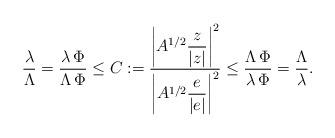
LaTeX: \begin{align*}\dfrac{\lambda}{\Lambda}=\dfrac{\lambda\,\Phi}{\Lambda\,\Phi}\leq C:=\dfrac{\left| A^{1/2}\dfrac{z}{|z|}\right|^2}{\left| A^{1/2}\dfrac{e}{|e|}\right|^2}\leq\dfrac{\Lambda\,\Phi}{\lambda\,\Phi}=\dfrac{\Lambda}{\lambda}.\end{align*}